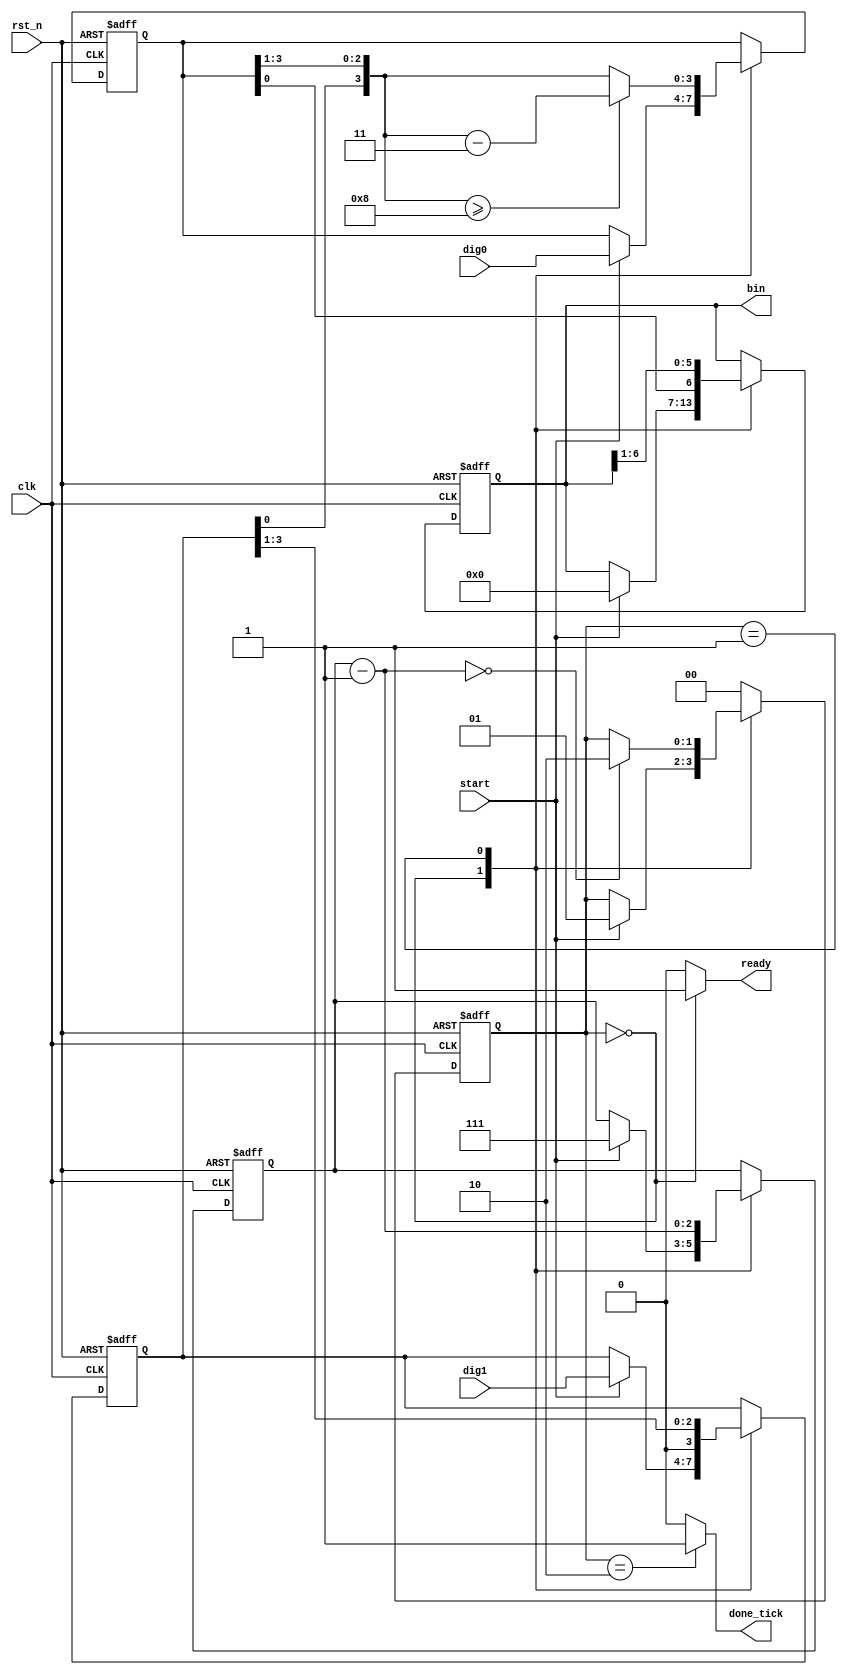
`timescale 1ns / 1ps

module bcd2bin(
	input clk,rst_n,
	input start,
	input[3:0] dig1,dig0,
	output reg[6:0] bin, //2-digit number takes at most 7 bits
	output reg ready,done_tick
    );
	 //FSM state declarations
	 localparam[1:0] idle=2'd0,
							op=2'd1,
							done=2'd2;
	 reg[1:0] state_reg,state_nxt;
	 reg[6:0] bin_nxt;
	 reg[3:0] dig1_reg,dig1_nxt;
	 reg[3:0] dig0_reg,dig0_nxt;
	 reg[2:0] n_reg,n_nxt; //stores the width of the resulting binary
	 
	 //FSM register operation
	 always @(posedge clk,negedge rst_n) begin
		if(!rst_n) begin
			state_reg<=idle;
			bin<=0;
			dig1_reg<=0;
			dig0_reg<=0;
			n_reg<=0;
		end
		else begin
			state_reg<=state_nxt;
			bin<=bin_nxt;
			dig1_reg<=dig1_nxt;
			dig0_reg<=dig0_nxt;
			n_reg<=n_nxt;
		end
	 end
	 //FSM next-state logic
	 always @* begin
		state_nxt=state_reg;
		bin_nxt=bin;
		dig1_nxt=dig1_reg;
		dig0_nxt=dig0_reg;
		n_nxt=n_reg;
		ready=0;
		done_tick=0;
		case(state_reg)
				idle: begin
							ready=1;
							if(start) begin
								bin_nxt=0;
								dig1_nxt=dig1;
								dig0_nxt=dig0;
								n_nxt=7; //binary has 7 bits of output thus 7 "shifts" are needed
								state_nxt=op;
							end
						end
				  op: begin //special shift-operation for converting bcd to bin.Check the book for more info
							if( {dig1_reg[0],dig0_reg[3:1]} >= 8 ) ///special shift-operation for converting bcd to bin.Check the book for more info
								dig0_nxt= {dig1_reg[0],dig0_reg[3:1]} - 3;
							else dig0_nxt= {dig1_reg[0],dig0_reg[3:1]};
							dig1_nxt=dig1_reg>>1;
							bin_nxt={dig0_reg[0],bin[6:1]};
							n_nxt=n_reg-1;
							if(n_nxt==0) state_nxt=done;
						end
				done: begin
							done_tick=1;
							state_nxt=idle;
						end
			default: state_nxt=idle;
		endcase
	 end
	 


endmodule